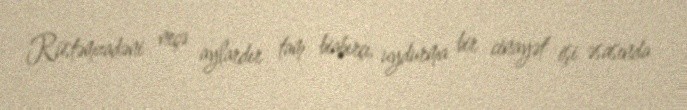
Rüstəmzadəni neçə aylardır tam biabırçı, uydurma bir cinayət işi əsasında